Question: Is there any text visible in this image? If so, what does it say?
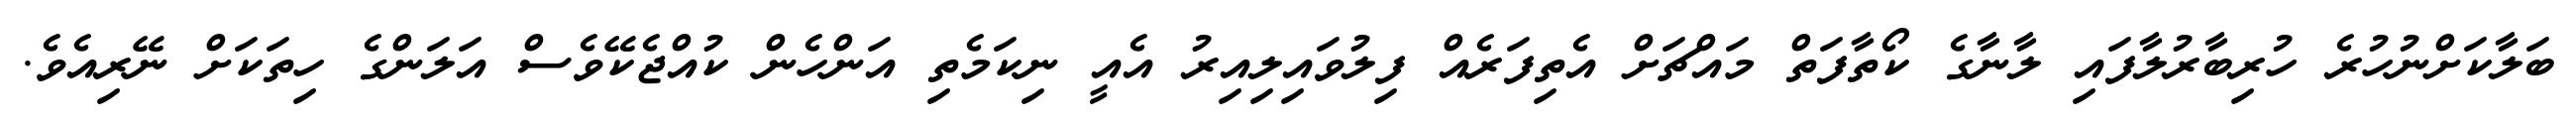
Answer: ބަލާކަށްނުހުރެ ހުރިބާރުލާފައި ލާނާގެ ކޯތާފަތް މައްޗަށް އެތިފަރެއް ފިލުވައިލިއިރު އެއީ ނިކަމެތި އަންހެން ކުއްޖެކޭވެސް އަލަންގެ ހިތަކަށް ނޭރިއެވެ.